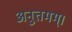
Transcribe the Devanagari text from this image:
अनुत्तमम्‌।